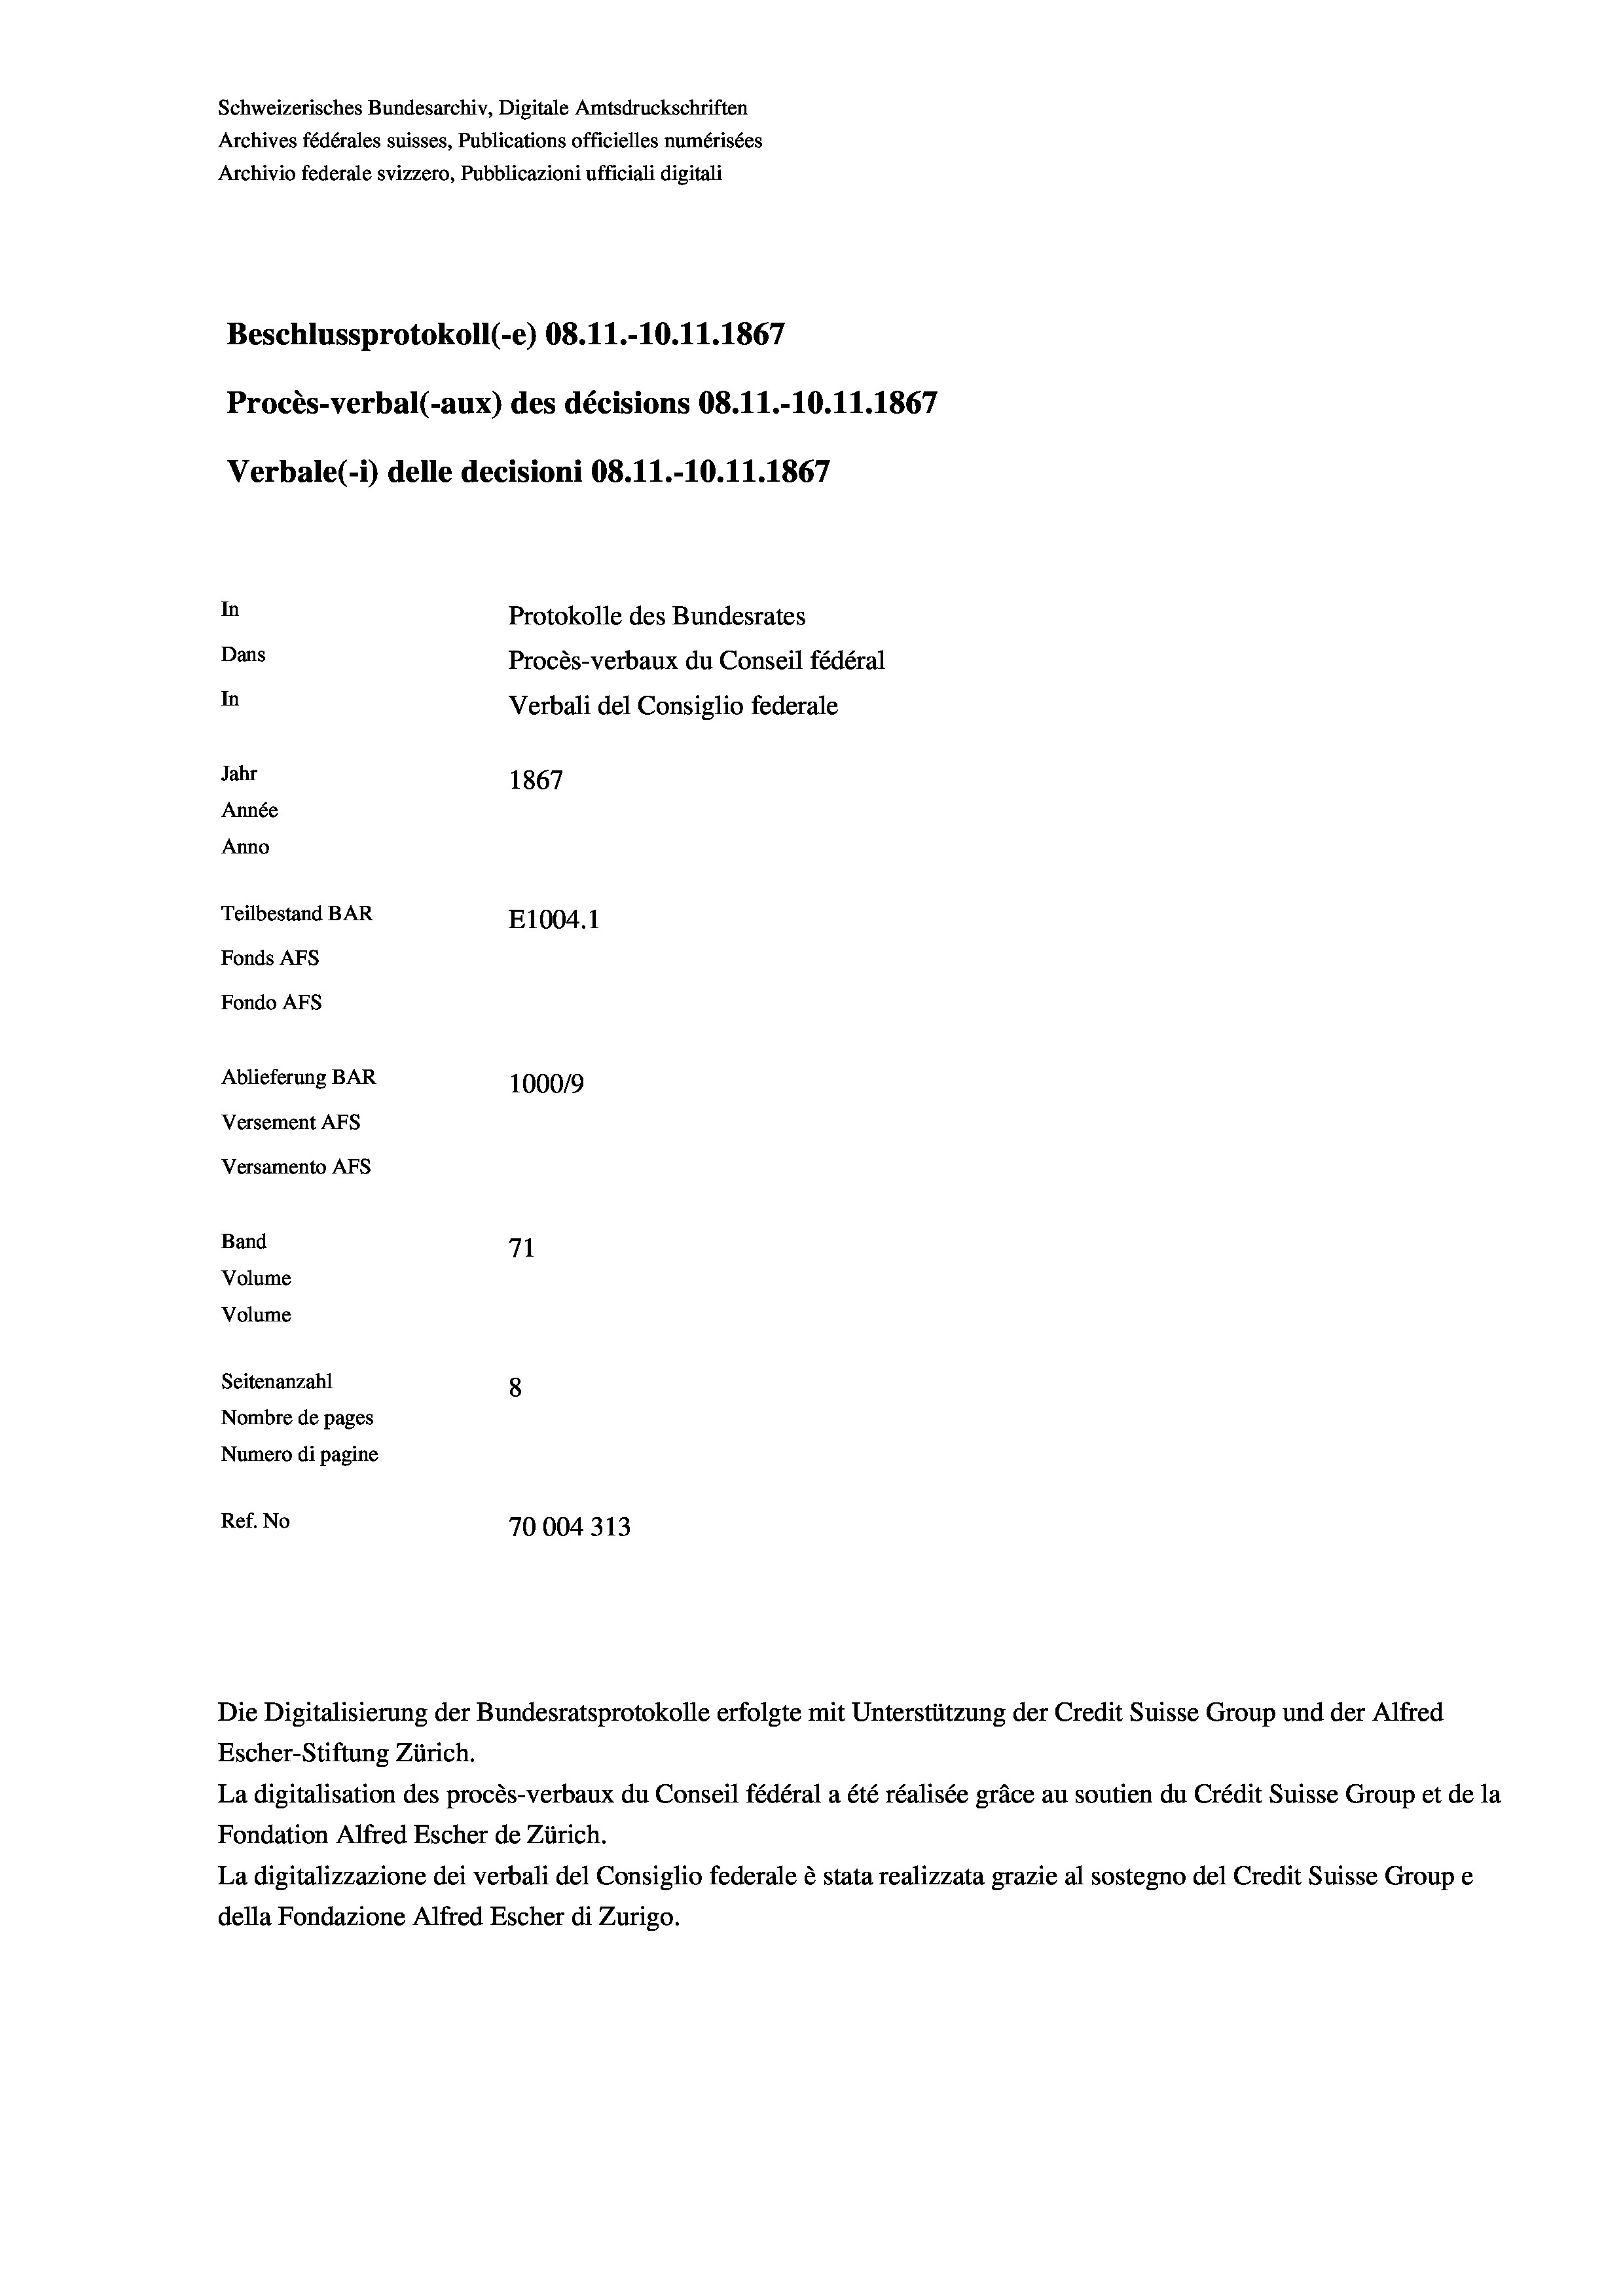
Schweizerisches Bundesarchiv, Digitale Amtsdruckschriften
Archives fédérales suisses, Publications officielles numérisées
Archivio federale svizzero, Pubblicazioni ufficiali digitali
Beschlussprotokoll (-e) 08.11.-10.11.1867
Procès-verbal (-aux) des décisions 08.11.-10.11.1867
Verbale(-*) delle decisioni 08.11.-10.11.1867
In
Protokolle des Bundesrates
Dans
Procès-verbaux du Conseil fédéral
In
Verbali del Consiglio federale
Jahr
1867
Année
Anno
Teilbestand BAR
E1004.1
Fonds AFs
Fondo AFs

Ablieferung BAR
Versement AFs
Versamento AFs
Band
Volume
Volume
Seitenanzahl

100019
71
8
Nombre de pages
Numero di pagine
Ref. No
70004313

Escher-Stiftung Zürich.
La digitalisation des procès-verbaux du Conseil fédéral a été réalisée gräce au soutien du Crédit Suisse Group et de la
Fondation Alfred Escher de Zürich.
La digitalizzazione dei verbali del Consiglio federale è stata realizzata grazie al sostegno del Credit Suisse Groupe
della Fondazione Alfred Escher di Zurigo.

Die Digitalisierung der Bundesratsprotokolle erfolgte mit Unterstützung der Credit Suisse Group und der Alfred